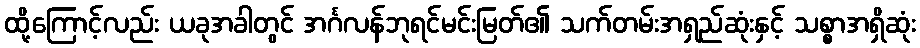
ထို့ကြောင့်လည်း ယခုအခါတွင် အင်္ဂလန်ဘုရင်မင်းမြတ်၏ သက်တမ်းအရှည်ဆုံးနှင့် သစ္စာအရှိဆုံး